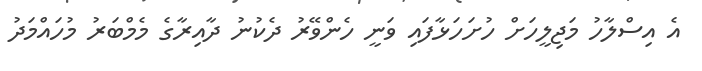
އެ އިސްލާހު މަޖިލީހަށް ހުށަހަޅާފައި ވަނީ ހެންވޭރު ދެކުނު ދާއިރާގެ މެމްބަރު މުހައްމަދު